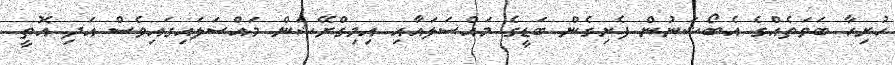
ހުރިހާ ބަވަތެއްގެ އެބޯޝަނުން ފެށިގެން ބަޑީގެ މައްސަލައާއި އިމިގްރޭޝަން މައްސަލައިގައިވެސް އަދި އޮތީ